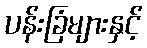
ပန်းခြံများနှင့်